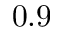
0 . 9